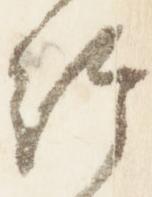
給